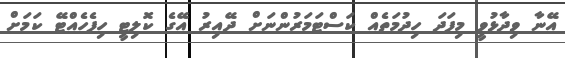
އޭނާ ވިދާޅުވީ މިފަދަ ހިދުމަތެއް ކަސްޓަމަރުންނަށް ދޭއިރު އޭގެ ކޮލިޓީ ހިފެހެއްޓޭ ކަމަށް